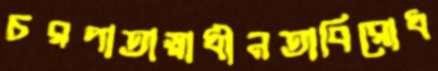
চরপাতাস্বাধীনতাবিরোধ